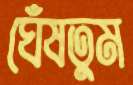
ঘেঁষতুম